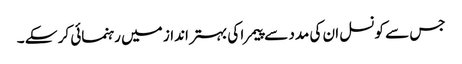
جس سے کونسل ان کی مدد سے پیمرا کی بہتر انداز میں رہنمائی کر سکے ۔